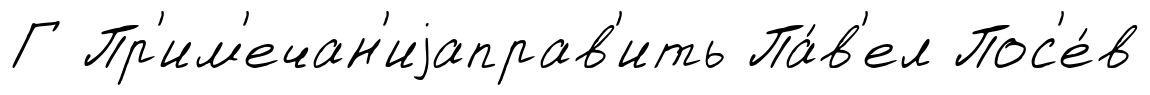
Г Пр'им'ечан'иjаправ'ить Па́в'ел Пос'е́в